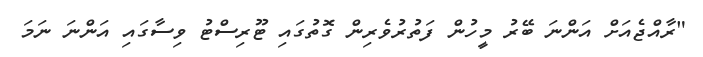
"ރާއްޖެއަށް އަންނަ ބޭރު މީހުން ފަތުރުވެރިން ގޮތުގައި ޓޫރިސްޓު ވިސާގައި އަންނަ ނަމަ